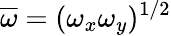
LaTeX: \overline{{\omega}}=(\omega_{x}\omega_{y})^{1/2}